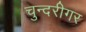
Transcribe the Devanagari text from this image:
चुन्दरीगर